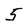
Character: 5